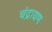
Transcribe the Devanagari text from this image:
चंद्रायण